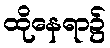
ထိုနေရာ၌